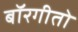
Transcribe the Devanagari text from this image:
बॉरगीतो